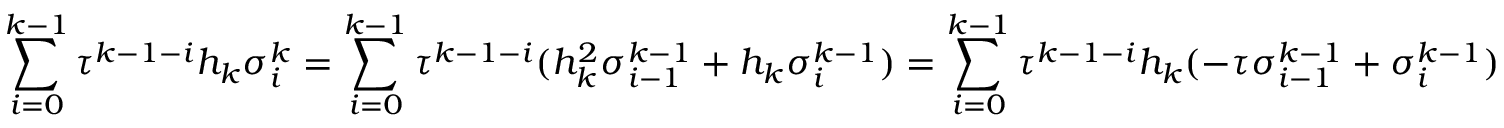
\sum _ { i = 0 } ^ { k - 1 } \tau ^ { k - 1 - i } h _ { k } \sigma _ { i } ^ { k } = \sum _ { i = 0 } ^ { k - 1 } \tau ^ { k - 1 - i } ( h _ { k } ^ { 2 } \sigma _ { i - 1 } ^ { k - 1 } + h _ { k } \sigma _ { i } ^ { k - 1 } ) = \sum _ { i = 0 } ^ { k - 1 } \tau ^ { k - 1 - i } h _ { k } ( - \tau \sigma _ { i - 1 } ^ { k - 1 } + \sigma _ { i } ^ { k - 1 } )